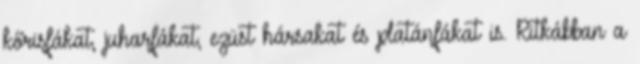
kőrisfákat, juharfákat, ezüst hársakat és platánfákat is. Ritkábban a